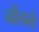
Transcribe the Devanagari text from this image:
नोंचते